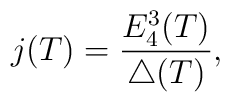
j(T)= \frac{E_4^3(T)}{\triangle(T)},